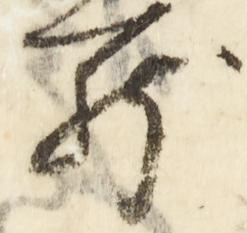
舞